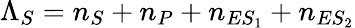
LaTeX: \Lambda_{S}=n_{S}+n_{P}+n_{ES_{1}}+n_{ES_{2}}